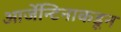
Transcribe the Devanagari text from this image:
आर्जेन्टिनाकडून